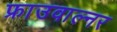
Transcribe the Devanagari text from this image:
फ्राउवाल्नर